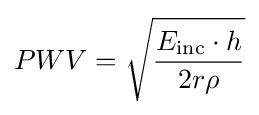
PWV={\sqrt {\dfrac {E_{\text{inc}}\cdot h}{2r\rho }}}